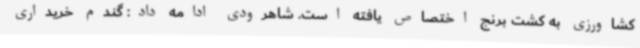
کشاورزی به کشت برنج اختصاص یافته است. شاهرودی ادامه داد: گندم خریداری